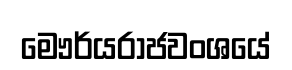
මෞර්යරාජවංශයේ